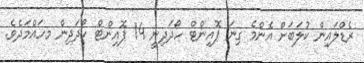
ރެޑްލައިން ކުލަބަށް އެންމެ ގިނަ ޕޮއިންޓް ހޯދަދިނީ 14 ޕޮއިންޓް ހޯދަދިން މހައްމަދެވެ.